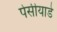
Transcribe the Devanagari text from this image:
पेसीयाडे